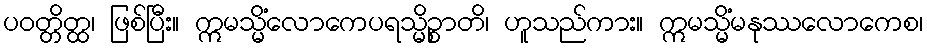
ပဝတ္တိတ္ထ၊ ဖြစ်ပြီး။ ဣမသ္မိံလောကေပရသ္မိဉ္စာတိ၊ ဟူသည်ကား။ ဣမသ္မိံမနုဿလောကေစ၊